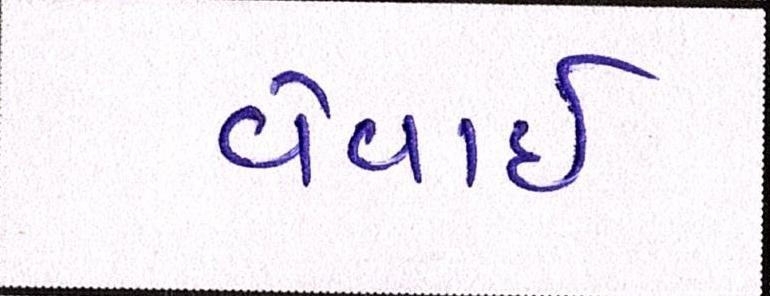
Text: વેવાઈ